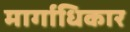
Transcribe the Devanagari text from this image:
मार्गाधिकार